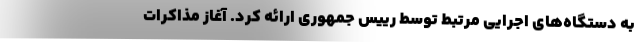
به دستگاه‌های اجرایی مرتبط توسط رییس جمهوری ارائه کرد. آغاز مذاکرات